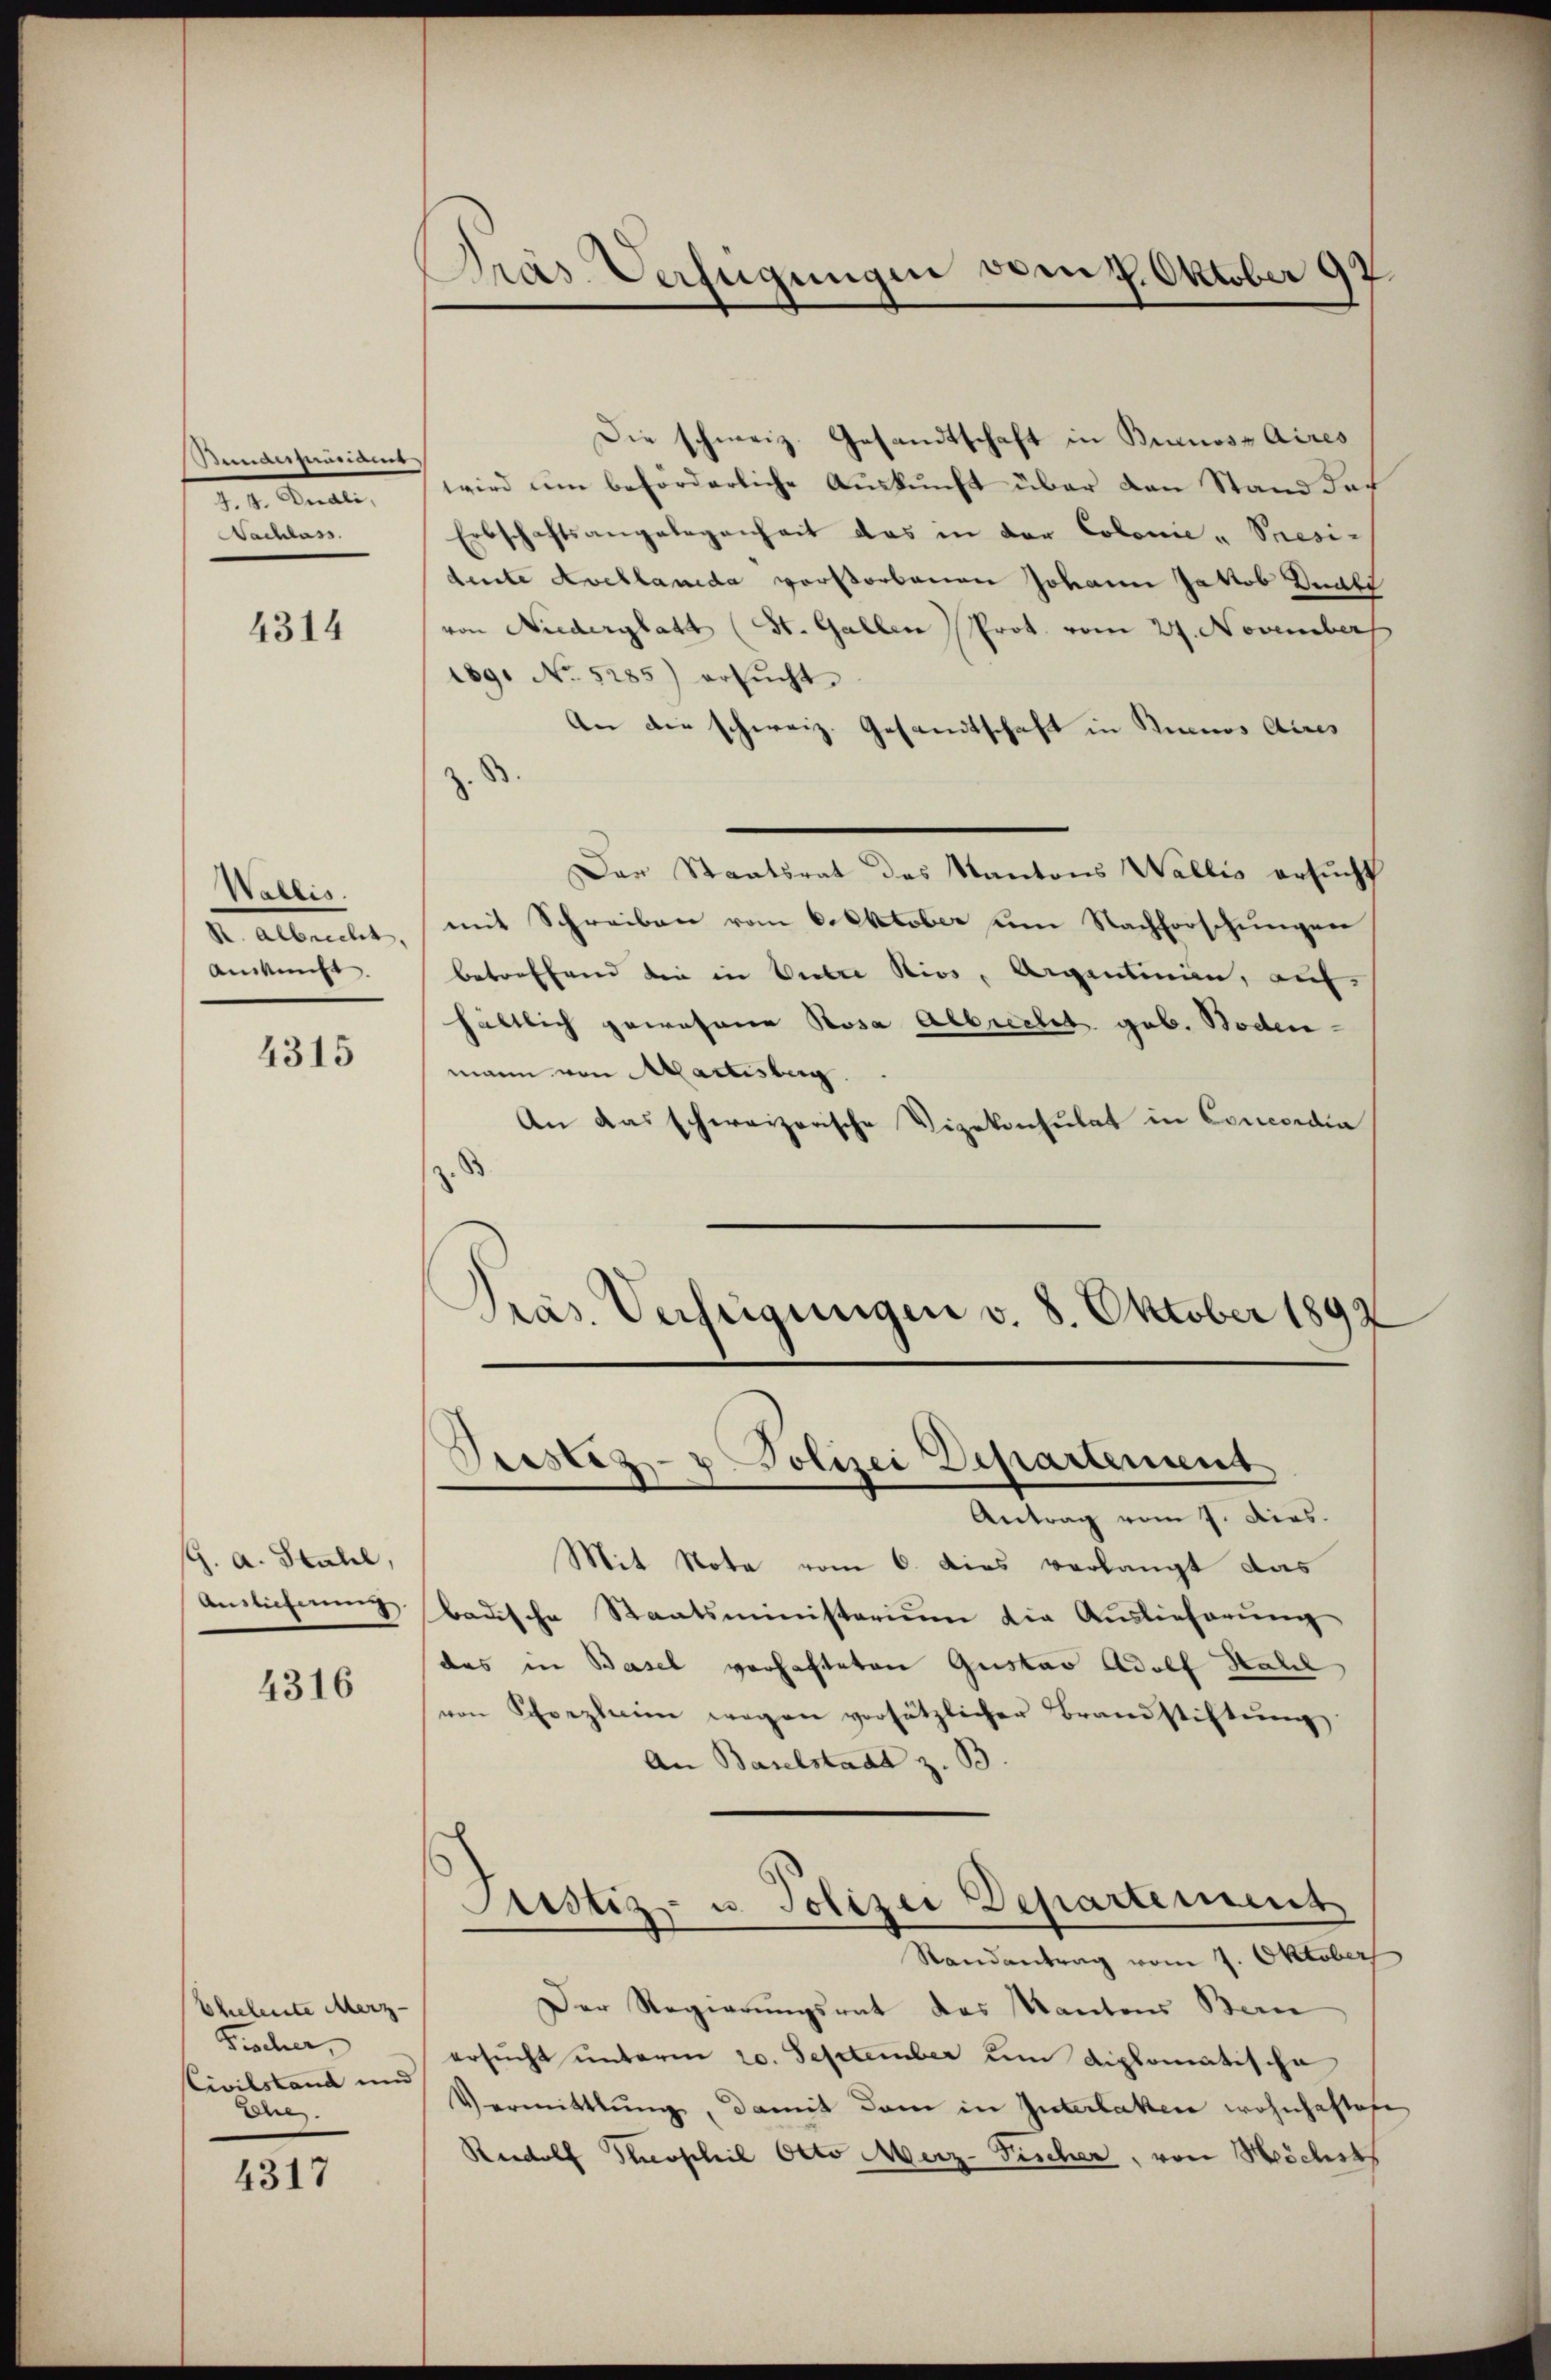
Bemansionais
d. 1. Feriel
Nachlass.

4314

Wallis.
k. Albrecht,
Auskunft.

4315

j. A. Stahel,
Auslieferung

4316

Eheleute Merz
Fischer,
Civilstand und
Lohe.

4317

Gras Verfügungen den 9. Oktober 97.

Die schweiz. Gesandtschaft in Buenos Aires
wird um beförderliche Auskunft über den Stand da¬
Erbschaftsangelegenheit das in der Colonie - Seesi-
deute Avellanida verstorbenen Johann Jakob Knall
von Niederglatt (St. Gallen Prot. vom 27. November
189. No. 5285) ersŭcht.
An die schweiz. Gesandtschaft in Buenos Aires
z.
Der Staatsrat des Kantons Wallis ersucht
mit Schreiben vom 6. Oktober um Nachforschungen
betreffend die in Vielle Kios, Agentinin, aufhältlich gewesene Rosa Albrecht geb. Boden-
mann von Martisberg.
An das schweizerische Vizekonsulat in Concordia
d
Pras. Verfügungen v. 8. Oktober 1892

Siester- u Polizei Departement

Antrag vom 7. dies.
Mit Note vom 6. dies verlangt das
badische Staatsministerium die Auslieferung
das in Basel verhafteten Gustav Adolf Hall
von Schrezlei wegen vorsätzlicher Brandstiftŭng
An Baselstadt z. B.
Justiz- u. Polizei Departement
Randantrag vom 7. Oktober
Der Regierungsrat des Kantons Bern
ersucht unterm 20. September um diplomatische
Vermittlung, damit dann in Interlaken wohnhaften
Rudolf Theophil Otto Merz-Fischer, von Höchsts